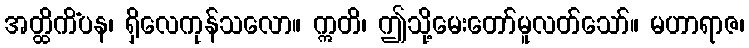
အတ္ထိကိံပန၊ ရှိလေကုန်သလော။ ဣတိ၊ ဤသို့မေးတော်မူလတ်သော်။ မဟာရာဇ၊